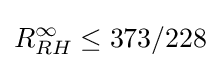
R_{RH}^{\infty }\leq 373/228